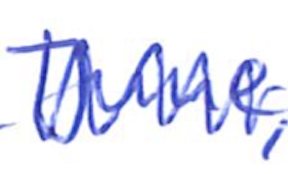
Text: June,
Cross-out: zig-zag
Writing tool: ballpoint